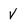
Character: v